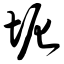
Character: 坭